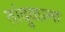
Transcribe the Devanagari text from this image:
तांदुळाना